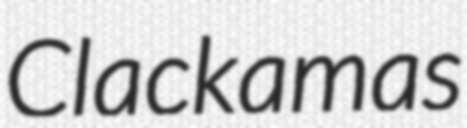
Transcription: Clackamas